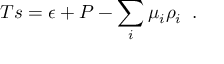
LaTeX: T s = \epsilon + P - \sum _ { i } \mu _ { i } \rho _ { i } \; \; .